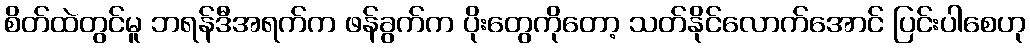
စိတ်ထဲတွင်မူ ဘရန်ဒီအရက်က ဖန်ခွက်က ပိုးတွေကိုတော့ သတ်နိုင်လောက်အောင် ပြင်းပါစေဟု